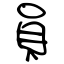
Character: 員